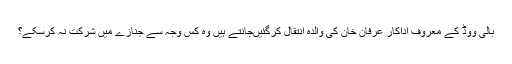
بالی ووڈ کے معروف اداکار عرفان خان کی والدہ انتقال کرگئیںجانتے ہیں وہ کس وجہ سے جنازے میں شرکت نہ کرسکے؟